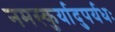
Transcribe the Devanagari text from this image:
नमस्कुर्यादुपर्यधः